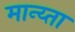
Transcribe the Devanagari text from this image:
मान्य्ता